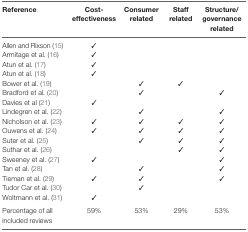
<table><thead><tr><td><b>Reference</b></td><td><b>Cost-effectiveness</b></td><td><b>Consumer related</b></td><td><b>Staff related</b></td><td><b>Structure/governance related</b></td></tr></thead><tbody><tr><td>Allen and Rixson (15)</td><td>✓</td><td></td><td></td><td></td></tr><tr><td>Armitage et al. (16)</td><td>✓</td><td></td><td></td><td></td></tr><tr><td>Atun et al. (17)</td><td>✓</td><td></td><td></td><td></td></tr><tr><td>Atun et al. (18)</td><td>✓</td><td></td><td></td><td></td></tr><tr><td>Bower et al. (19)</td><td></td><td>✓</td><td>✓</td><td></td></tr><tr><td>Bradford et al. (20)</td><td></td><td>✓</td><td></td><td>✓</td></tr><tr><td>Davies et al (21)</td><td>✓</td><td></td><td></td><td></td></tr><tr><td>Lindegren et al. (22)</td><td></td><td>✓</td><td></td><td>✓</td></tr><tr><td>Nicholson et al. (23)</td><td>✓</td><td>✓</td><td>✓</td><td>✓</td></tr><tr><td>Ouwens et al. (24)</td><td>✓</td><td>✓</td><td>✓</td><td>✓</td></tr><tr><td>Suter et al. (25)</td><td></td><td>✓</td><td>✓</td><td>✓</td></tr><tr><td>Suthar et al. (26)</td><td></td><td></td><td>✓</td><td>✓</td></tr><tr><td>Sweeney et al. (27)</td><td>✓</td><td></td><td></td><td>✓</td></tr><tr><td>Tan et al. (28)</td><td></td><td>✓</td><td></td><td>✓</td></tr><tr><td>Tieman et al. (29)</td><td>✓</td><td>✓</td><td></td><td>✓</td></tr><tr><td>Tudor Car et al. (30)</td><td></td><td>✓</td><td></td><td></td></tr><tr><td>Woltmann et al. (31)</td><td>✓</td><td></td><td></td><td></td></tr><tr><td>Percentage of all included reviews</td><td>59%</td><td>53%</td><td>29%</td><td>53%</td></tr></tbody></table>